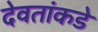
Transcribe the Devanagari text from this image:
देवतांकडे